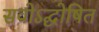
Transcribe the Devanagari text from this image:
सवोऽद्घोषित